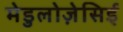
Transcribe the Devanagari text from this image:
मेडुलोज़ेसिई